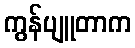
ကွန်ပျူတာက